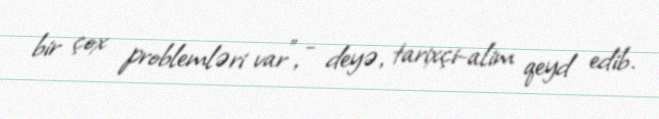
bir çox problemləri var”, - deyə, tarixçi-alim qeyd edib.